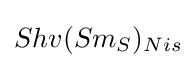
Shv(Sm_{S})_{Nis}